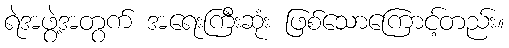
ရဲအဖွဲ့အတွက် အရေးကြီးဆုံး ဖြစ်သောကြောင့်တည်း။